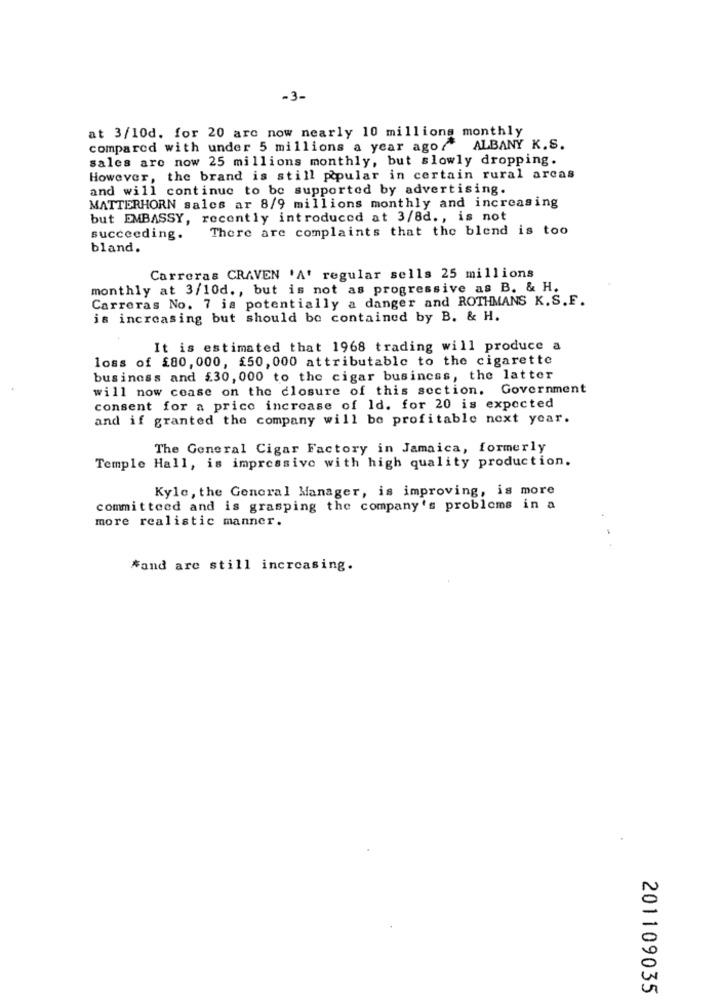
-3-
at 3/10d. for 20 arc now nearly 10 millions monthly
compared with under 5 millions a year ago/ ALBANY K.S.
sales are now 25 millions monthly, but slowly dropping.
However, the brand is still popular in certain rural arcas
and will continue to be supported by advertising.
MATTERHORN sales ar 8/9 millions monthly and increasing
but EMBASSY, recently introduced at 3/8d ., is not
There are complaints that the blend is too
succeeding.
bland.
Carreras CRAVEN 'A' regular sells 25 millions
monthly at 3/10d ., but is not as progressive as B. & H.
Carreras No. 7 is potentially a danger and ROTHMANS K.S.F.
is increasing but should be contained by B. & H.
It is estimated that 1968 trading will produce a
loss of £80, 000, £50, 000 attributable to the cigarette
business and £30, 000 to the cigar business, the latter
will now cease on the closure of this section. Government
consent for a price increase of Id. for 20 is expected
and if granted the company will be profitable next year.
The General Cigar Factory in Jamaica, formerly
Temple Hall, is impressive with high quality production.
Kyle, the General Manager, is improving, is more
committeed and is grasping the company's problems in a
more realistic manner.
#and are still increasing.
201109035